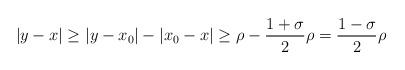
LaTeX: \begin{align*}|y-x| \geq |y-x_0|-|x_0-x| \geq \rho-\frac{1+\sigma}{2}\rho=\frac{1-\sigma}{2}\rho\end{align*}